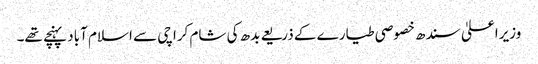
وزیراعلیٰ سندھ خصوصی طیارے کے ذریعے بدھ کی شام کراچی سے اسلام آباد پہنچے تھے۔